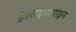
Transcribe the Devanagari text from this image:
ट्रांसएलपाइन